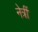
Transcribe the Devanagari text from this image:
नेत्रीं